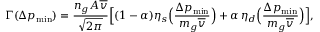
\Gamma ( \Delta p _ { \mathrm { m i n } } ) = \frac { n _ { g } A \overline { { v } } } { \sqrt { 2 \pi } } \Big [ ( 1 - \alpha ) \eta _ { s } \Big ( \frac { \Delta p _ { \mathrm { m i n } } } { m _ { g } \overline { { v } } } \Big ) + \alpha \, \eta _ { d } \Big ( \frac { \Delta p _ { \mathrm { m i n } } } { m _ { g } \overline { { v } } } \Big ) \Big ] ,